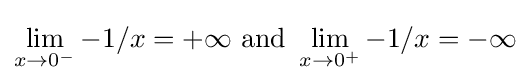
\lim _{x\to 0^{-}}{-1/x}=+\infty {\text{ and }}\lim _{x\to 0^{+}}{-1/x}=-\infty